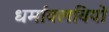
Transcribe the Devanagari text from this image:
धर्मावलबियों